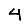
Digit: 4